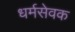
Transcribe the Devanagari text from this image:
धर्मसेवक